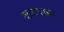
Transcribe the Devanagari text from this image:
आवयश्क